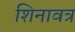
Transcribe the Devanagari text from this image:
शिनावत्र